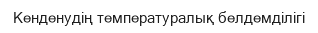
Кенденудің температуралық белдемділігі